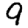
Digit: 9